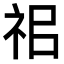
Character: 𥘰